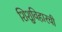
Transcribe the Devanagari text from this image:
शिशुविहारची